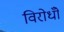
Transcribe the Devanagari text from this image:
विरोधोँ